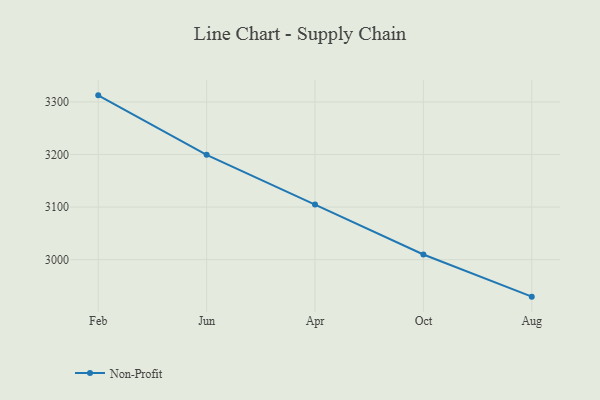
{"axis": {"x": "Month", "y": "Population (Million)"}, "legend": ["Non-Profit"], "data": [{"x": "Feb", "y": 3312.5, "type": "Non-Profit"}, {"x": "Jun", "y": 3199.3, "type": "Non-Profit"}, {"x": "Apr", "y": 3104.8, "type": "Non-Profit"}, {"x": "Oct", "y": 3009.8, "type": "Non-Profit"}, {"x": "Aug", "y": 2929.6, "type": "Non-Profit"}]}